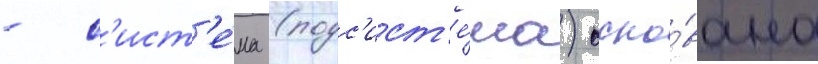
- с'ист'е́ма (подс'ист'е́ма) осно́вана